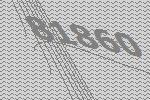
81860